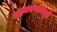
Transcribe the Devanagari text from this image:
श्वानचण्डालदृष्टौ